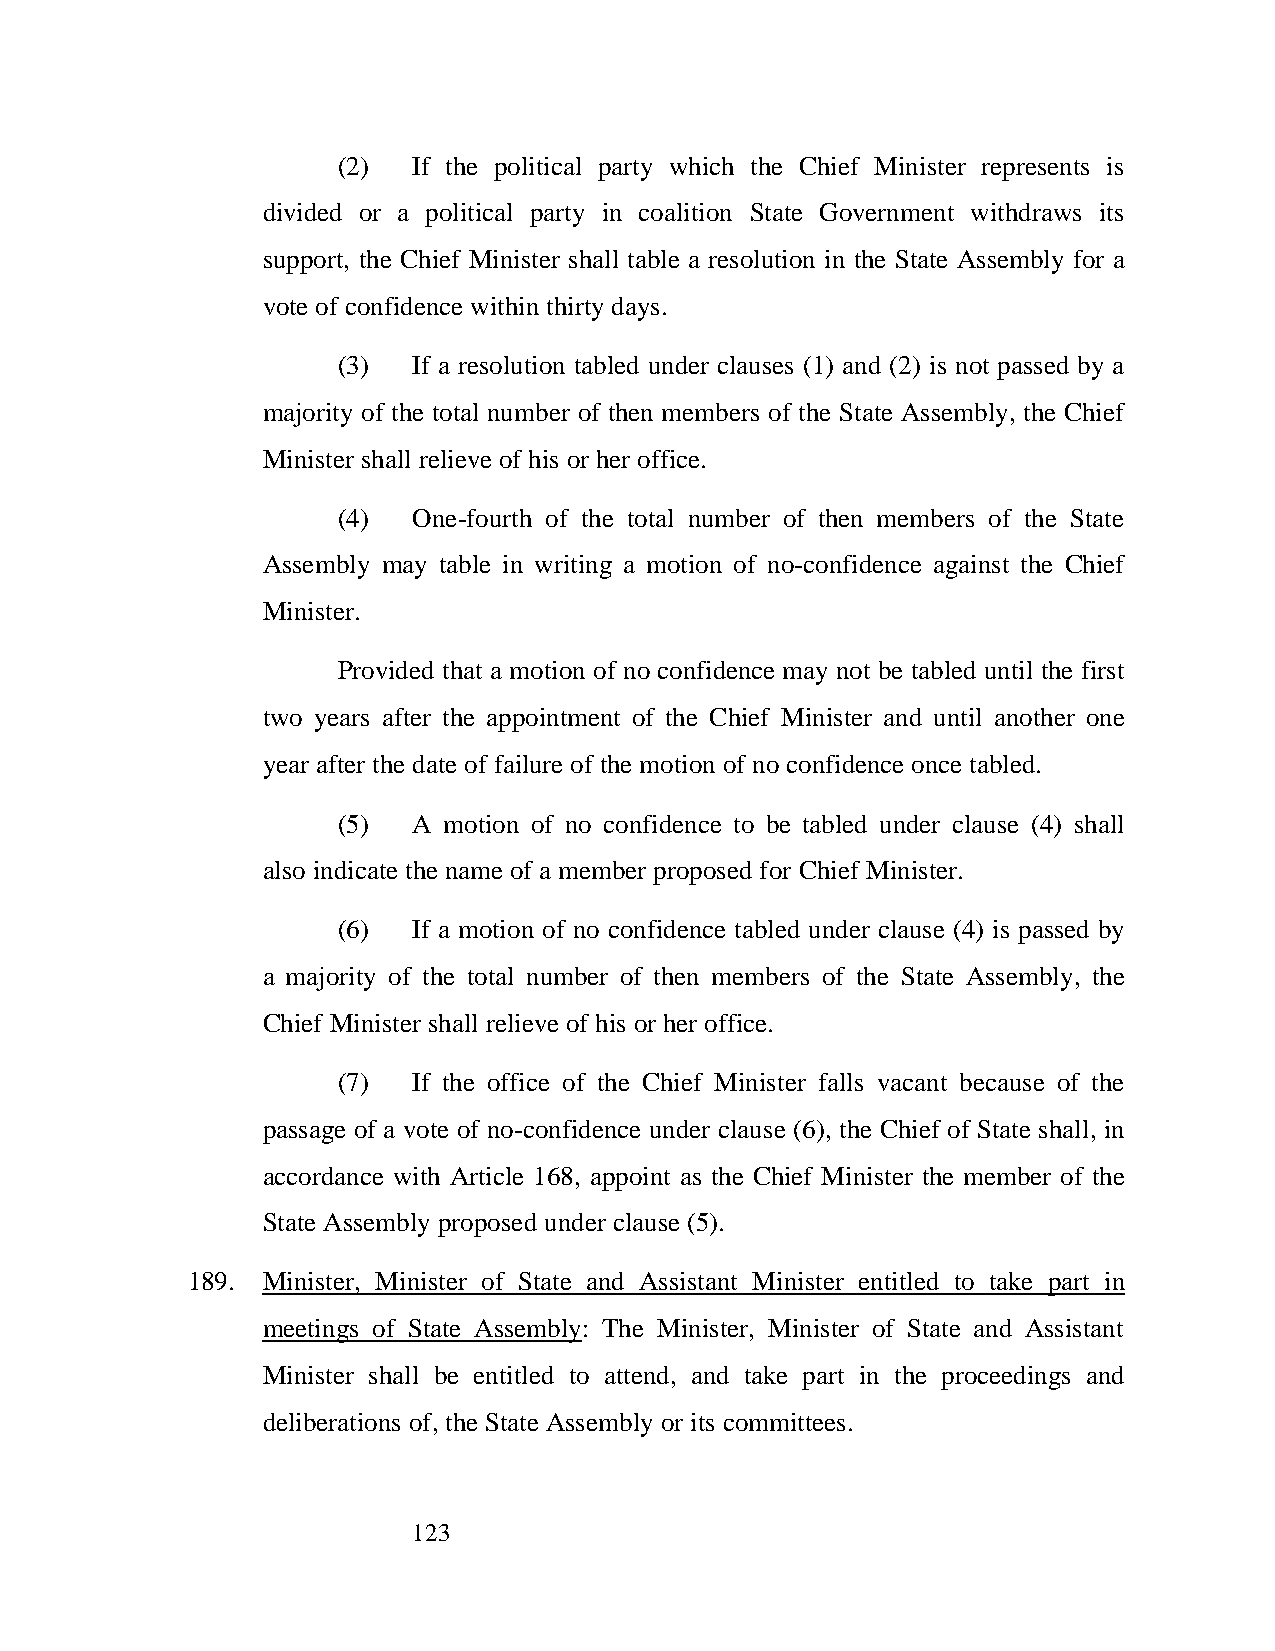
(2)  If the political party which the Chief Minister represents is
 divided or a political party in coalition State Government withdraws its
 support, the Chief Minister shall table a resolution in the State Assembly for a
 vote of confidence within thirty days.
 (3)  If a resolution tabled under clauses (1) and (2) is not passed by a
 majority of the total number of then members of the State Assembly, the Chief
 Minister shall relieve of his or her office.
 (4)  One-fourth of the total number of then members of the State
 Assembly may table in writing a motion of no-confidence against the Chief
 Minister.
 Provided that a motion of no confidence may not be tabled until the first
 two years after the appointment of the Chief Minister and until another one
 year after the date of failure of the motion of no confidence once tabled.
 (5)  A motion of no confidence to be tabled under clause (4) shall
 also indicate the name of a member proposed for Chief Minister.
 (6)  If a motion of no confidence tabled under clause (4) is passed by
 a majority of the total number of then members of the State Assembly, the
 Chief Minister shall relieve of his or her office.
 (7)  If the office of the Chief Minister falls vacant because of the
 passage of a vote of no-confidence under clause (6), the Chief of State shall, in
 accordance with Article 168, appoint as the Chief Minister the member of the
 State Assembly proposed under clause (5).
 189. Minister, Minister of State and Assistant Minister entitled to take part in
 meetings of State Assembly: The Minister, Minister of State and Assistant
 Minister shall be entitled to attend, and take part in the proceedings and
 deliberations of, the State Assembly or its committees.
 123